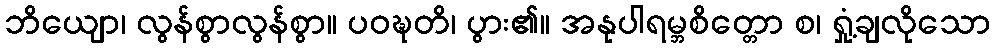
ဘိယျော၊ လွန်စွာလွန်စွာ။ ပဝဍ္ဎတိ၊ ပွား၏။ အနုပါရမ္ဘစိတ္တော စ၊ ရှုံ့ချလိုသော